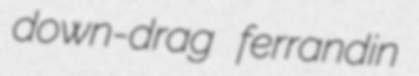
down-drag ferrandin